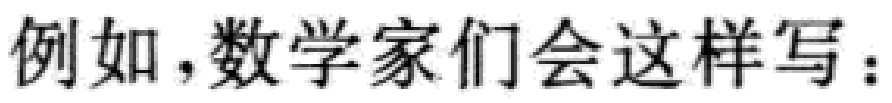
例如，数学家们会这样写：